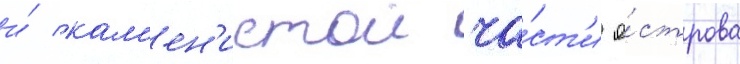
и́ кам'ен'истои ча́ст'и о́строва